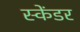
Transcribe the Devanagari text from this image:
स्केंडर